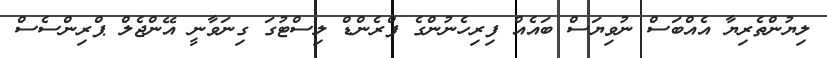
ލިޔުންތެރިޔާ އެއްބަސް ނުވިޔަސް ބައެއް ފިރިހެނުންގެ ފްރެންޑް ލިސްޓުގަ ގިނަވާނީ އޭންޖެލް ޕްރިންސެސް